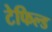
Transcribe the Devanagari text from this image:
टेफिल्ड